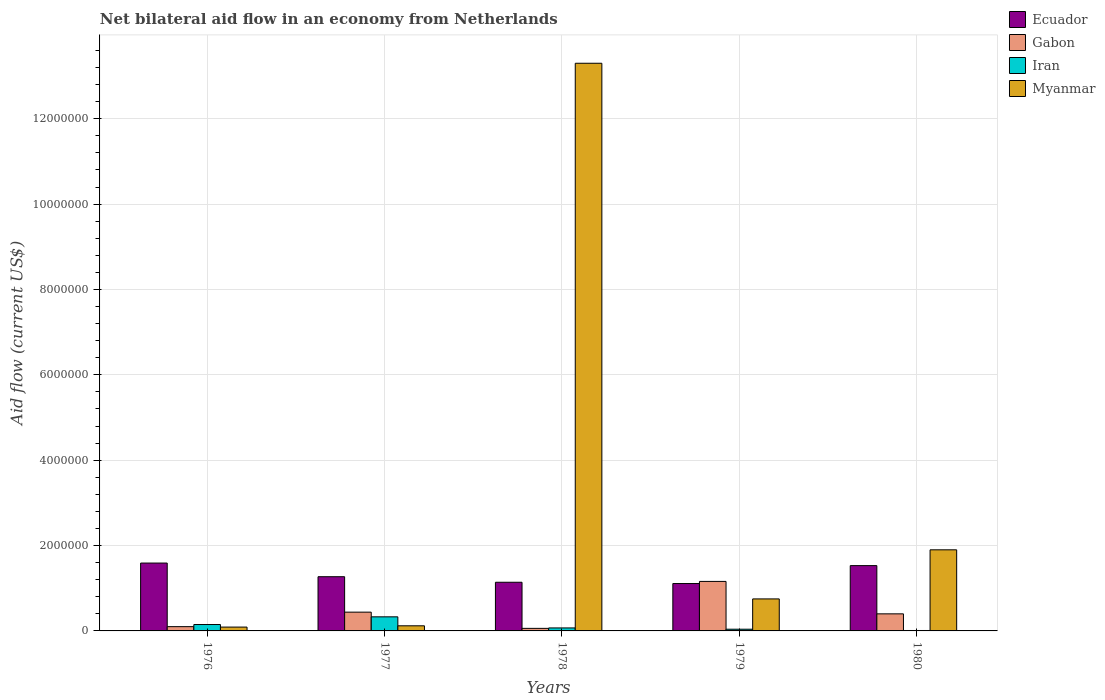
| Years | Ecuador | Gabon | Iran | Myanmar |
 | --- | --- | --- | --- | --- |
 | 1976 | 1.59e+06 | 1e+05 | 1.5e+05 | 9e+04 |
 | 1977 | 1.27e+06 | 4.4e+05 | 3.3e+05 | 1.2e+05 |
 | 1978 | 1.14e+06 | 6e+04 | 7e+04 | 1.33e+07 |
 | 1979 | 1.11e+06 | 1.16e+06 | 4e+04 | 7.5e+05 |
 | 1980 | 1.53e+06 | 4e+05 | 1e+04 | 1.9e+06 |